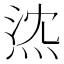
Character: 𤉠